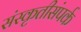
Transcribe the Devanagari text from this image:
संस्कृतीसंपर्क